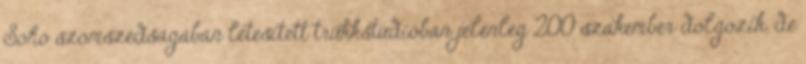
Soho szomszédságában létesített trükkstúdióban jelenleg 200 szakember dolgozik, de